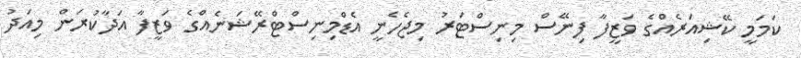
ކަމަމީ ކޭޝިއަރެއްގެ ވަޒީފާ ފިނޭސް މިނިސްޓަރު މިޖެހެނީ އެޑްމިނިސްޓްރޭޝަނެއްގެ ވަޒީފާ އަދާކުރަން މިއަދު